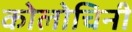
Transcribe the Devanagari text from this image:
कोलोचिनी